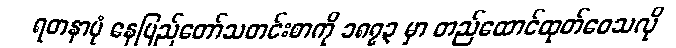
ရတနာပုံ နေပြည်တော်သတင်းစာကို ၁၈၇၃ မှာ တည်ထောင်ထုတ်ဝေသလို